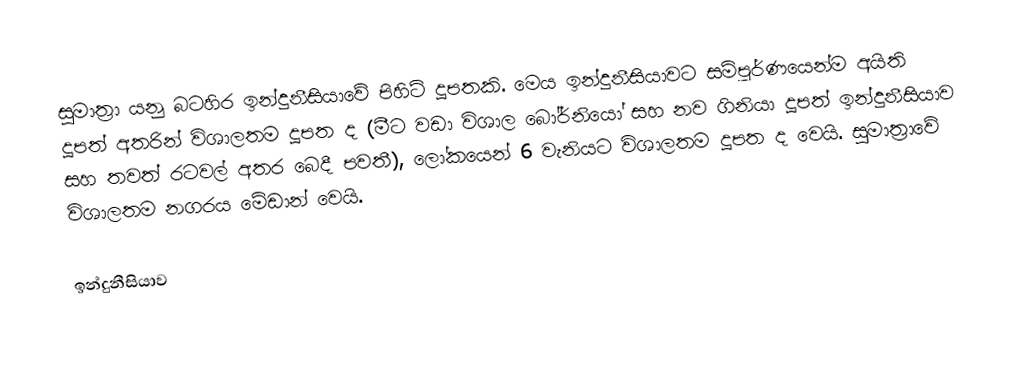
සුමාත්‍රා යනු බටහිර ඉන්දුනීසියාවේ පිහිටි දූපතකි. මෙය ඉන්දුනීසියාවට සම්පූර්ණයෙන්ම අයිති දූපත් අතරින් විශාලතම දූපත ද (මීට වඩා විශාල බෝර්නියෝ සහ නව ගිනියා දූපත් ඉන්දුනීසියාව සහ තවත් රටවල් අතර බෙදී පවතී), ලෝකයෙන් 6 වැනියට විශාලතම දූපත ද වෙයි. සුමාත්‍රාවේ විශාලතම නගරය මේඩාන් වෙයි.

ඉන්දුනීසියාව